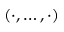
( \cdot , \ldots , \cdot )